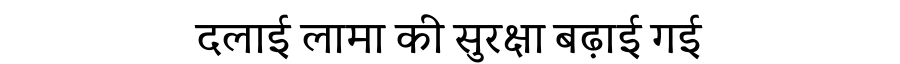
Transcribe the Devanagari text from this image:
दलाई लामा की सुरक्षा बढ़ाई गई